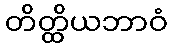
တိတ္ထိယဘာဝံ